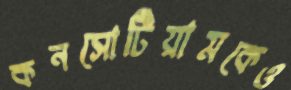
কনসোর্টিয়ামকেও